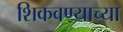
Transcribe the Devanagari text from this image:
शिकवण्याच्या